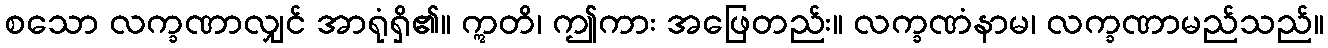
စသော လက္ခဏာလျှင် အာရုံရှိ၏။ ဣတိ၊ ဤကား အဖြေတည်း။ လက္ခဏံနာမ၊ လက္ခဏာမည်သည်။